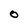
Character: 0